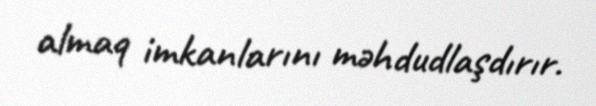
almaq imkanlarını məhdudlaşdırır.